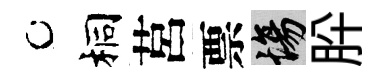
桐莒票場肸